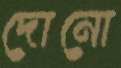
দোনো